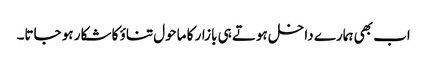
اب بھی ہمارے داخل ہوتے ہی بازار کا ماحول تناؤ کا شکار ہو جاتا۔